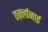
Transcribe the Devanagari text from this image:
तर्क़्लानाई